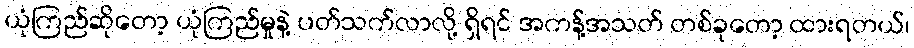
ယုံကြည်ဆိုတော့ ယုံကြည်မှုနဲ့ ပတ်သက်လာလို့ ရှိရင် အကန့်အသတ် တစ်ခုတော့ ထားရတယ်၊